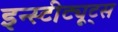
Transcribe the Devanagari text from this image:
इन्स्टीट्यूट्स